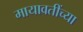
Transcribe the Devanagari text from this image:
मायावतींच्या